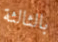
بالثالثة